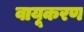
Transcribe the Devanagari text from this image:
वायूकरण